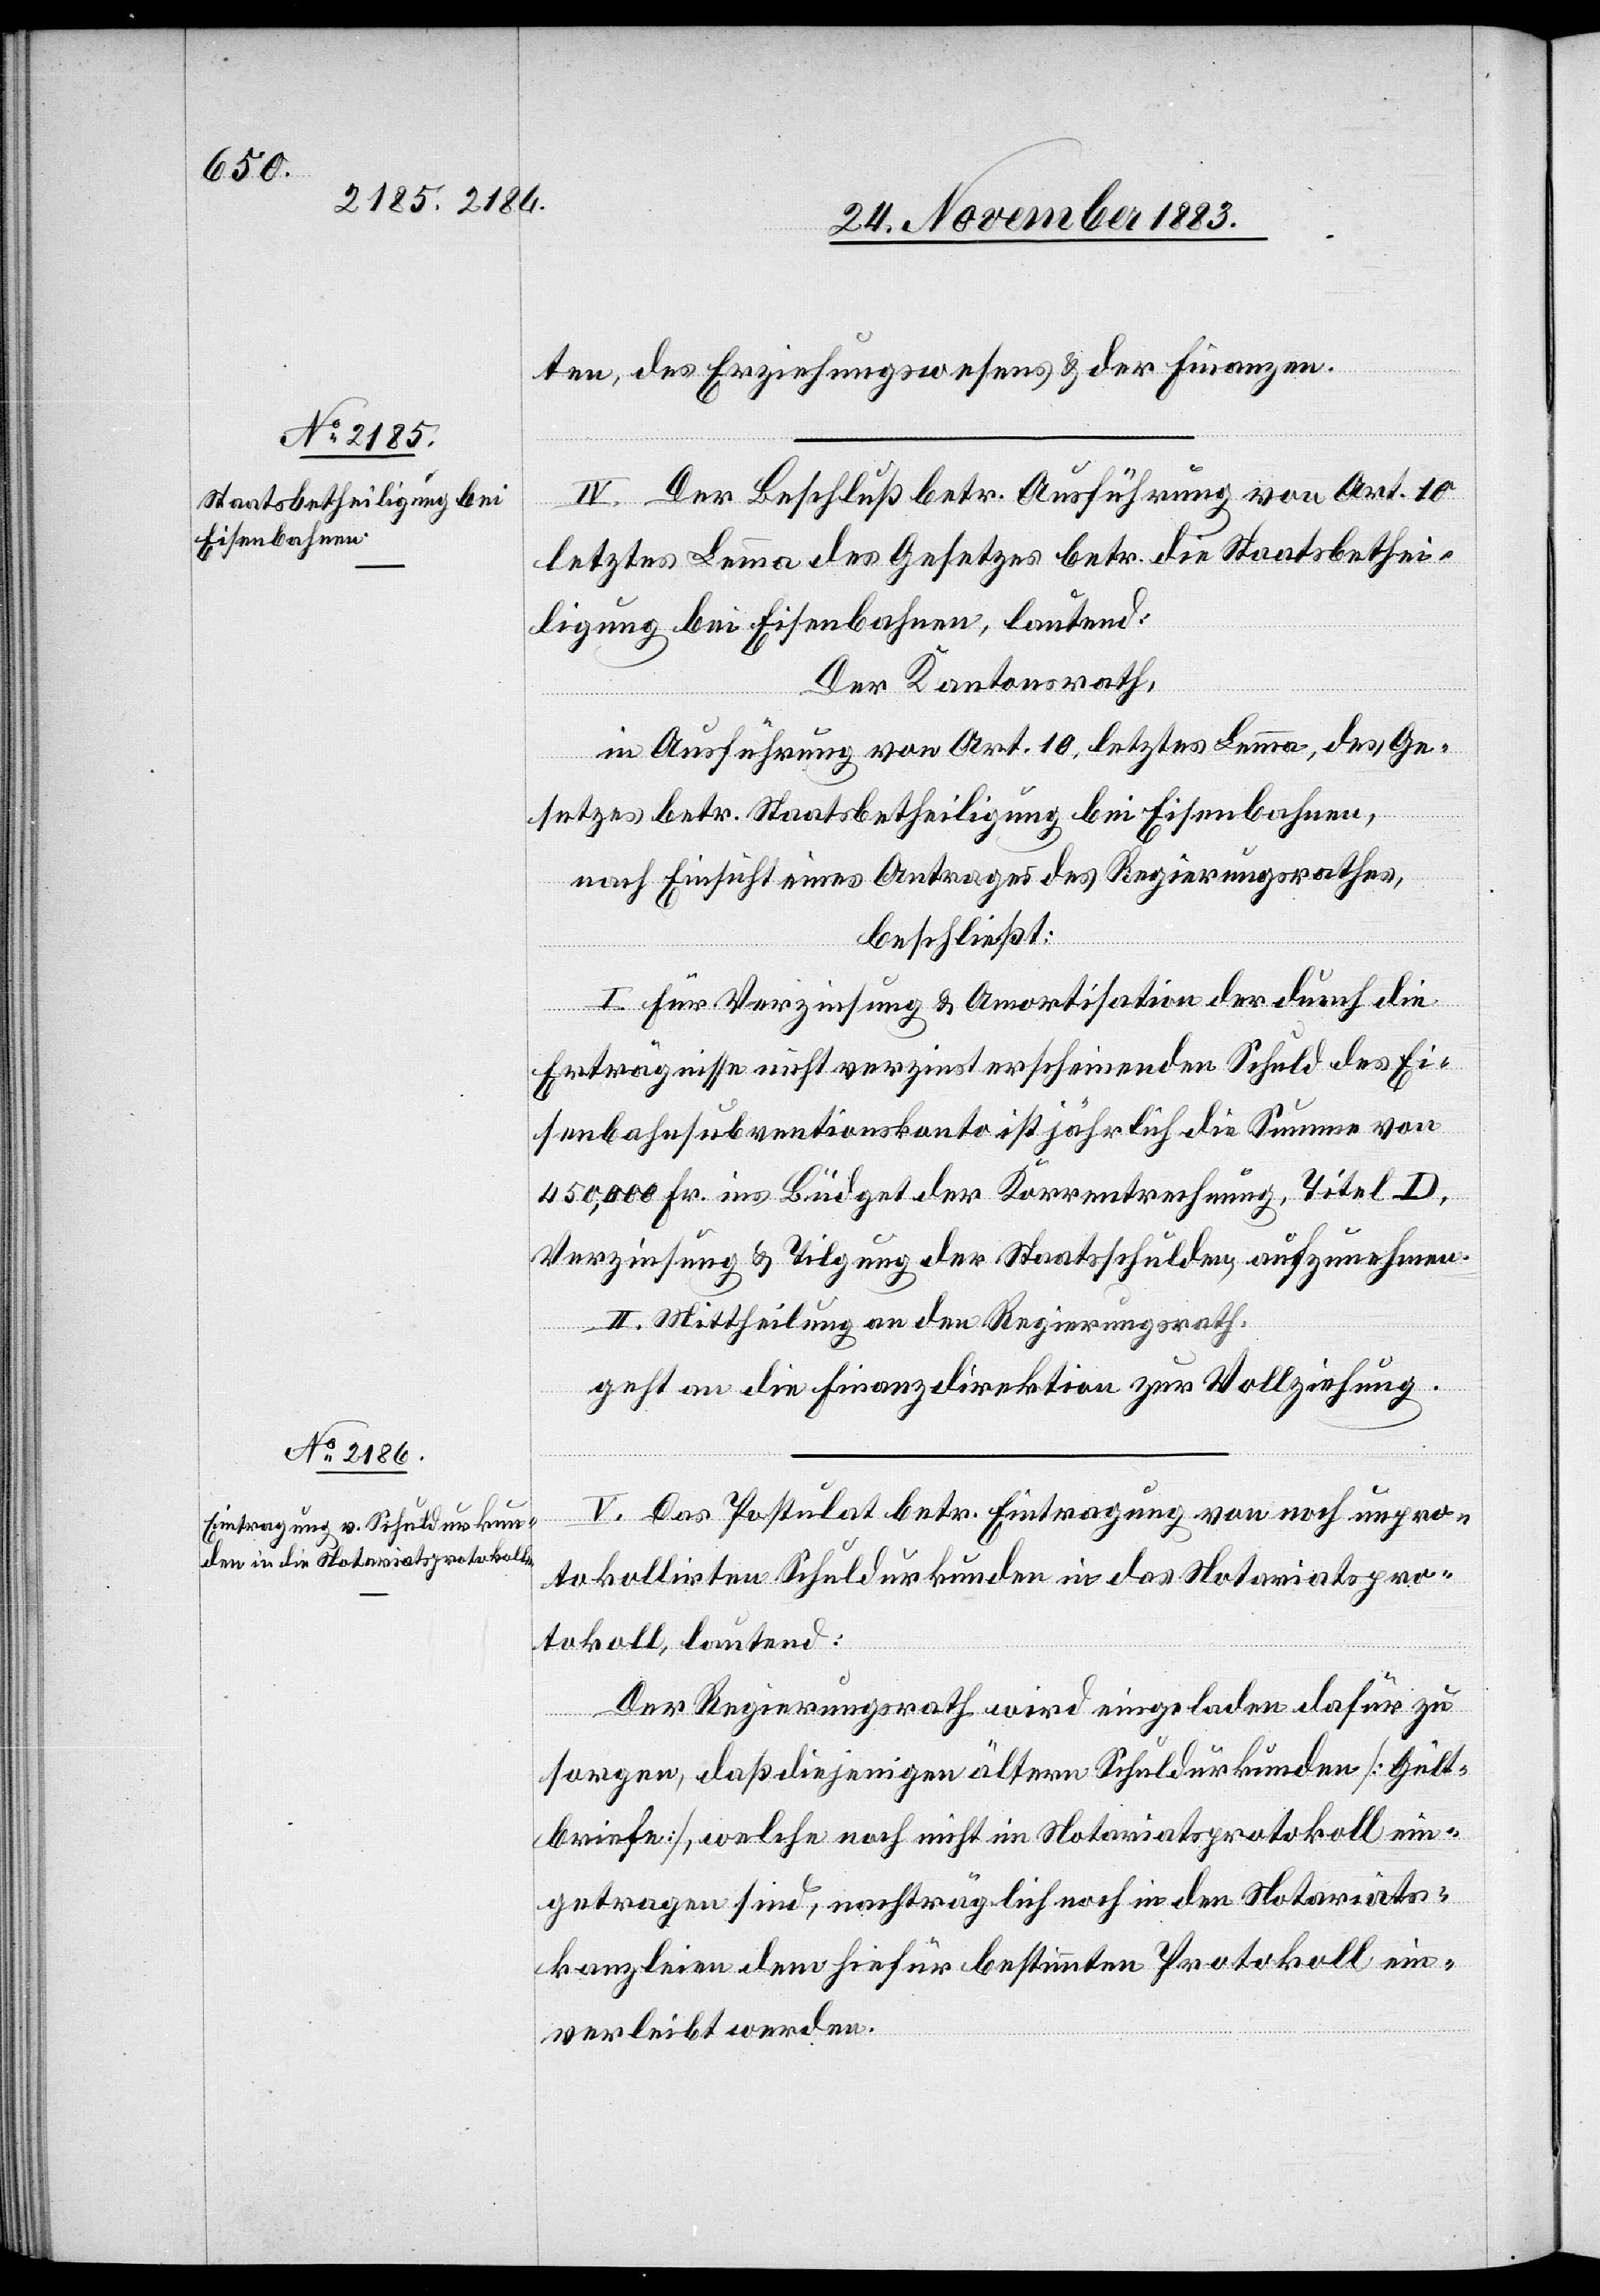
ten, des Erziehungswesens & der Finanzen.
IV. Der Beschluß betr. Ausführung von Art. 10
letztes Lemma des Gesetzes betr. die Staatsbethei¬
ligung bei Eisenbahnen, lautend:
Der Kantonsrath,
in Ausführung von Art. 10, letztes Lemma, des Ge¬
setzes betr. Staatsbetheiligung bei Eisenbahnen,
nach Einsicht eines Antrags des Regierungsrathes,
beschließt:
I. Für Verzinsung & Amortisation der durch die
Erträgnisse nicht verzinst erscheinenden Schuld des Ei¬
senbahnsubventionskonto ist jährlich die Summe von
450,000 Fr. ins Büdget der Korrentrechnung, Titel D,
Verzinsung & Tilgung der Staatsschulden, aufzunehmen.
II. Mittheilung an den Regierungsrath,
geht an die Finanzdirektion zur Vollziehung.
V. Das Postulat betr. Eintragung von noch unpro¬
tokollirten Schuldurkunden in das Notariatspro¬
tokoll, lautend:
Der Regierungsrath wird eingeladen dafür zu
sorgen, daß diejenigen ältern Schuldurkunden [Gült¬
briefe], welche noch nicht im Notariatsprotokoll ein¬
getragen sind, nachträglich noch in den Notariats¬
kanzleien dem hiefür bestimmten Protokoll ein¬
verleibt werden.